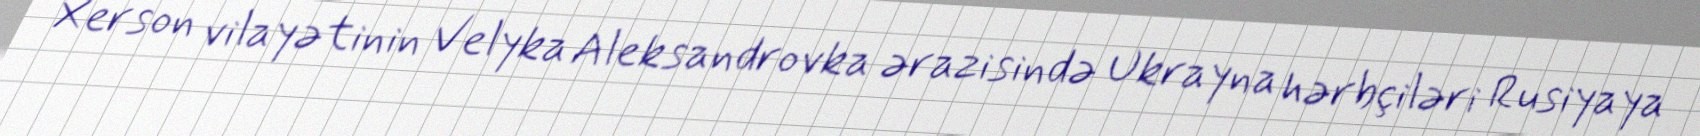
Xerson vilayətinin Velyka Aleksandrovka ərazisində Ukrayna hərbçiləri Rusiyaya